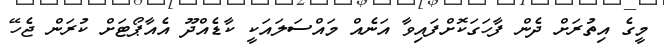
މީގެ އިތުރަށް ދެން ފާހަގަކޮށްފައިވާ އަނެއް މައްސަލައަކީ ކާޑެއްދޫ އެއާޕޯޓަށް ކުރަން ޖެހޭ